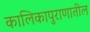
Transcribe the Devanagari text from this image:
कालिकापुराणातील